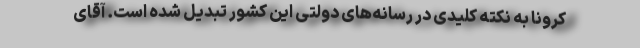
کرونا به نکته کلیدی در رسانه‌های دولتی این کشور تبدیل شده است. آقای